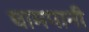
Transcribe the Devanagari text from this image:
घामपानी